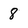
Character: 8